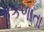
કકળાતા